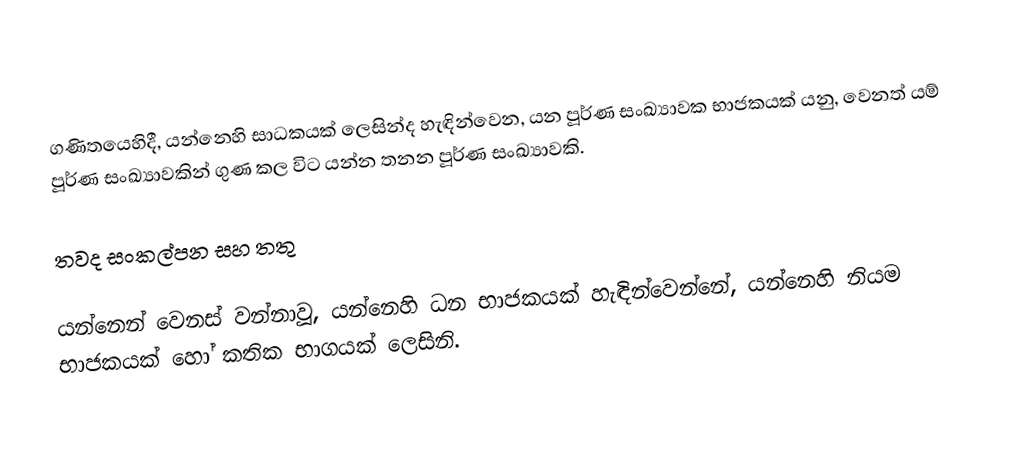
ගණිතයෙහිදී,   යන්නෙහි සාධකයක් ලෙසින්ද හැඳින්වෙන,   යන පූර්ණ සංඛ්‍යාවක  භාජකයක් යනු,  වෙනත් යම් පූර්ණ සංඛ්‍යාවකින් ගුණ කල විට  යන්න තනන පූර්ණ සංඛ්‍යාවකි.

තවද සංකල්පන සහ තතු

 යන්නෙන් වෙනස් වන්නාවූ,   යන්නෙහි ධන භාජකයක් හැඳින්වෙන්නේ,   යන්නෙහි  නියම භාජකයක් හෝ කතික භාගයක් ලෙසිනි.